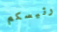
رئيسكم